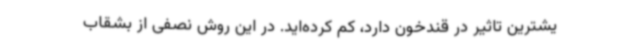
یشترین تاثیر در قندخون دارد، کم کرده‌اید. در این روش نصفی از بشقاب